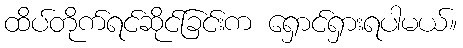
ထိပ်တိုက်ရင်ဆိုင်ခြင်းက ရှောင်ရှားရပါမယ်။